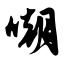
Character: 嘲